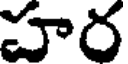
హర